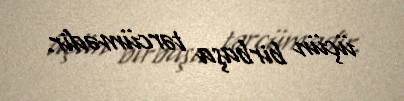
üçün birbaşa tərcümədir.